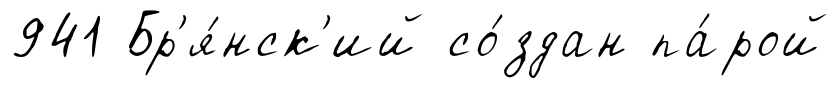
941 Бр'я́нск'ий со́здан па́рой